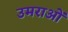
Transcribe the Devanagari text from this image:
उमराओं